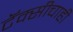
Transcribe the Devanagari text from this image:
टॅक्सीचाही